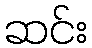
ဆင်း